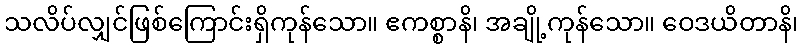
သလိပ်လျှင်ဖြစ်ကြောင်းရှိကုန်သော။ ဧကစ္စာနိ၊ အချို့ကုန်သော။ ဝေဒယိတာနိ၊